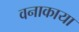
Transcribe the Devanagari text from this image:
वनाकाया